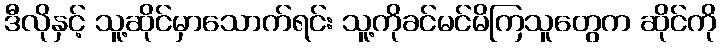
ဒီလိုနှင့် သူ့ဆိုင်မှာသောက်ရင်း သူ့ကိုခင်မင်မိကြသူတွေက ဆိုင်ကို